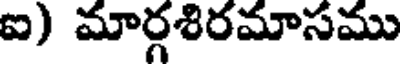
ఐ) మార్గశిరమాసము